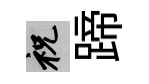
祝蹄